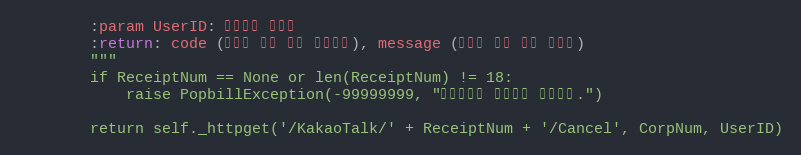
Language: Python
        :param UserID: 팝빌회원 아이디
        :return: code (요청에 대한 상태 응답코드), message (요청에 대한 응답 메시지)
        """
        if ReceiptNum == None or len(ReceiptNum) != 18:
            raise PopbillException(-99999999, "접수번호가 올바르지 않습니다.")

        return self._httpget('/KakaoTalk/' + ReceiptNum + '/Cancel', CorpNum, UserID)